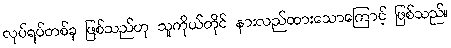
လုပ်ရပ်တစ်ခု ဖြစ်သည်ဟု သူကိုယ်တိုင် နားလည်ထားသောကြောင့် ဖြစ်သည်။